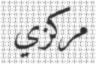
مركزي